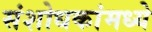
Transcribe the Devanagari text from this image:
संशोधकांमध्ये